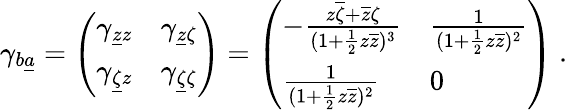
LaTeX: \gamma_{b\underline{{a}}}=\left(\begin{array}{ll}{{\gamma_{\underline{{z}}z}}}&{{\gamma_{\underline{{z}}\zeta}}}\\ {{\gamma_{\underline{{\zeta}}z}}}&{{\gamma_{\underline{{\zeta}}\zeta}}}\end{array}\right)=\left(\begin{array}{ll}{{-{\frac{z\overline{{\zeta}}+\overline{{z}}\zeta}{(1+{\frac{1}{2}}z\overline{{z}})^{3}}}}}&{{{\frac{1}{(1+{\frac{1}{2}}z\overline{{z}})^{2}}}}}\\ {{{\frac{1}{(1+{\frac{1}{2}}z\overline{{z}})^{2}}}}}&{{0}}\end{array}\right)\ .